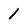
Character: 1